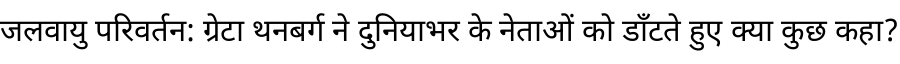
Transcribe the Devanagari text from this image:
जलवायु परिवर्तन: ग्रेटा थनबर्ग ने दुनियाभर के नेताओं को डाँटते हुए क्या कुछ कहा?